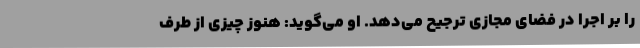
را بر اجرا در فضای مجازی ترجیح می‌دهد. او می‌گوید: هنوز چیزی از طرف